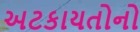
અટકાયતોનો